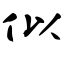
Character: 似